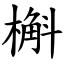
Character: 槲